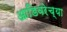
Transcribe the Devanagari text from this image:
आडिवरेच्या